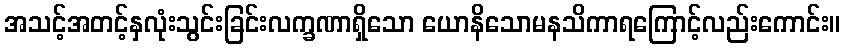
အသင့်အတင့်နှလုံးသွင်းခြင်းလက္ခဏာရှိသော ယောနိသောမနသိကာရကြောင့်လည်းကောင်း။